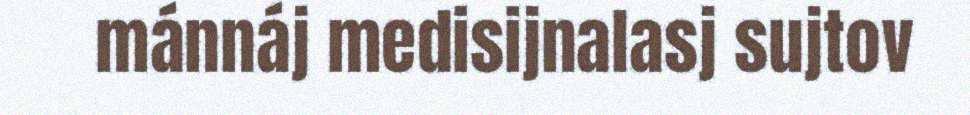
mánnáj medisijnalasj sujtov